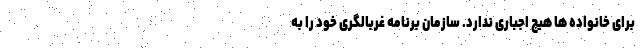
برای خانواده ها هیچ اجباری ندارد. سازمان برنامه غربالگری خود را به